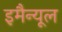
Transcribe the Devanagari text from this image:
इमैन्यूल